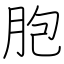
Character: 胞